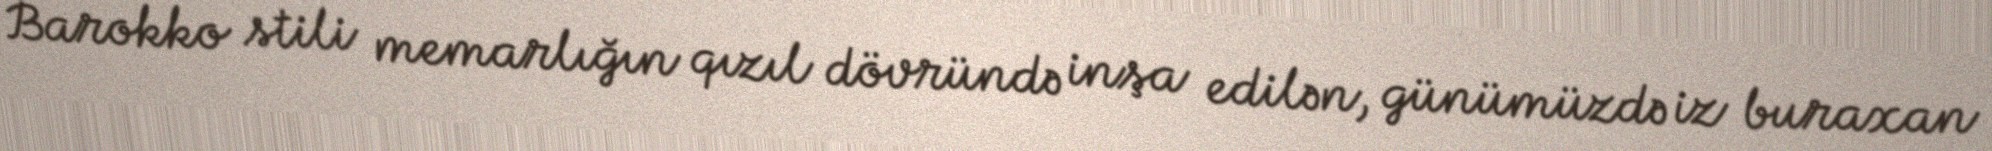
Barokko stili memarlığın qızıl dövründə inşa edilən, günümüzdə iz buraxan